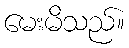
မေးမိသည်။